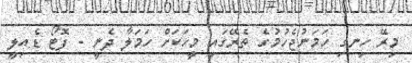
މިރޭ ހިނގި ހަމަނުޖެހުމުގެ ތެރޭގައި މީހަކަށް ހަމަލާ ދެނީ - ފޮޓޯ ޑެއިލީ